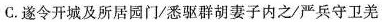
C. 遂令开城及所居园门/悉驱群胡妻子内之/严兵守卫羌